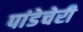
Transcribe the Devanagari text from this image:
पांडेचेरी